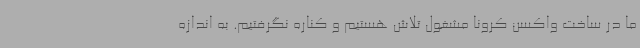
ما در ساخت واکسن کرونا مشغول تلاش هستیم و کناره نگرفتیم. به اندازه